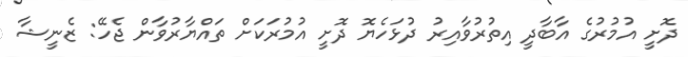
ދޮށީ އުމުރުގެ އާބާދީ އިތުރުވާއިރު ދުޅަހެޔޮ ދޮށީ އުމުރަކަށް ތައްޔާރުވާން ޖެހޭ: ޒެނީޝާ